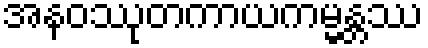
အနဝဿုတကာယကမ္မန္တဿ